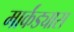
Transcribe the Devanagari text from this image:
मार्कंड्यास